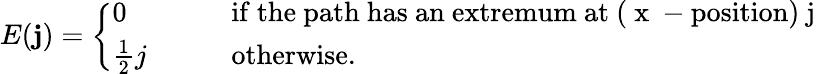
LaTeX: E(\mathbf{j})=\left\{ \begin{array}{ll}{{0}}&{{\mathrm{if~the~path~has~an~extremum~at~(~x~-position)~j~}}}\\ {{\frac{1}{2}j\qquad}}&{{\mathrm{otherwise.}}}\end{array}\right.